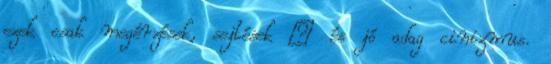
ezek csak megérzések, sejtések – és jó adag cinizmus.